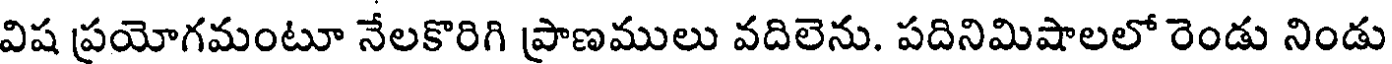
విష ప్రయోగమంటూ నేలకొరిగి ప్రాణములు వదిలెను. పదినిమిషాలలో రెండు నిండు